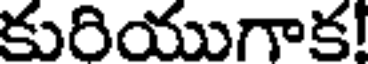
కురియుగాక!